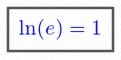
\ln(e)=1